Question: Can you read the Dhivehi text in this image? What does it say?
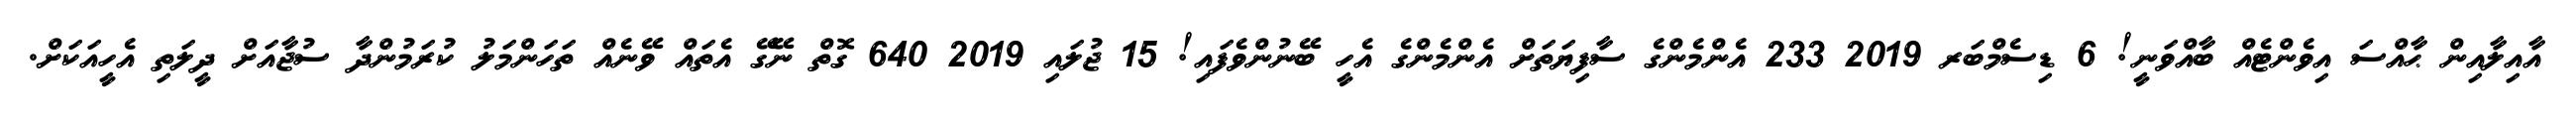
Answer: އާއިލާއިން ޙާއްސަ އިވެންޓެއް ބާއްވަނީ! 6 ޑިސެމްބަރ 2019 233 އެންމެންގެ ސާފިޔަތަށް އެންމެންގެ އެހީ ބޭނުންވެފައި! 15 ޖުލައި 2019 640 ގޮތް ނޭގޭ އެތައް ވޭނެއް ތަހަންމަލު ކުރަމުންދާ ސުޖާއަށް ދީލަތި އެހީއަކަށް.